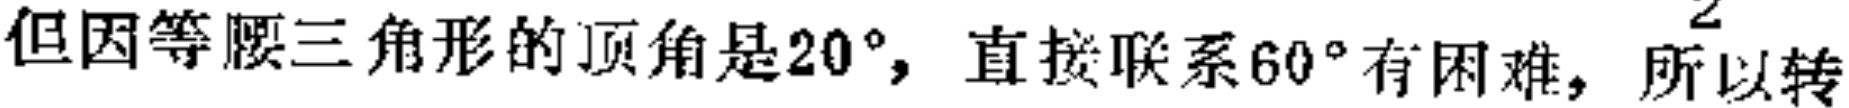
但因等腰三角形的顶角是$20^{\circ}$，直接联系$60^{\circ}$有困难，所以转